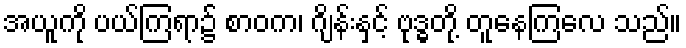
အယူကို ပယ်ကြရာ၌ စာဝက၊ ဂျိန်းနှင့် ဗုဒ္ဓတို့ တူနေကြလေ သည်။